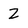
Character: 2